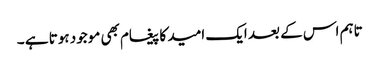
تاہم اس کے بعد ایک امید کا پیغام بھی موجود ہوتا ہے ۔